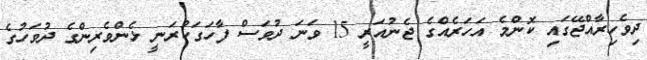
ދިވެހިރާއްޖޭގައި ކޮންމެ އަހަރެއްގެ ޖެނުއަރީ 15 ވަނަ ދުވަސް ފާހަގަކުރަނީ ޅެންވެރިންގެ ދުވަހުގެ